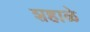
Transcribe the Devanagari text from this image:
शहाळे